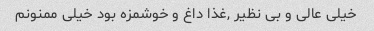
خیلی عالی و بی نظیر ,غذا داغ و خوشمزه بود خیلی ممنونم